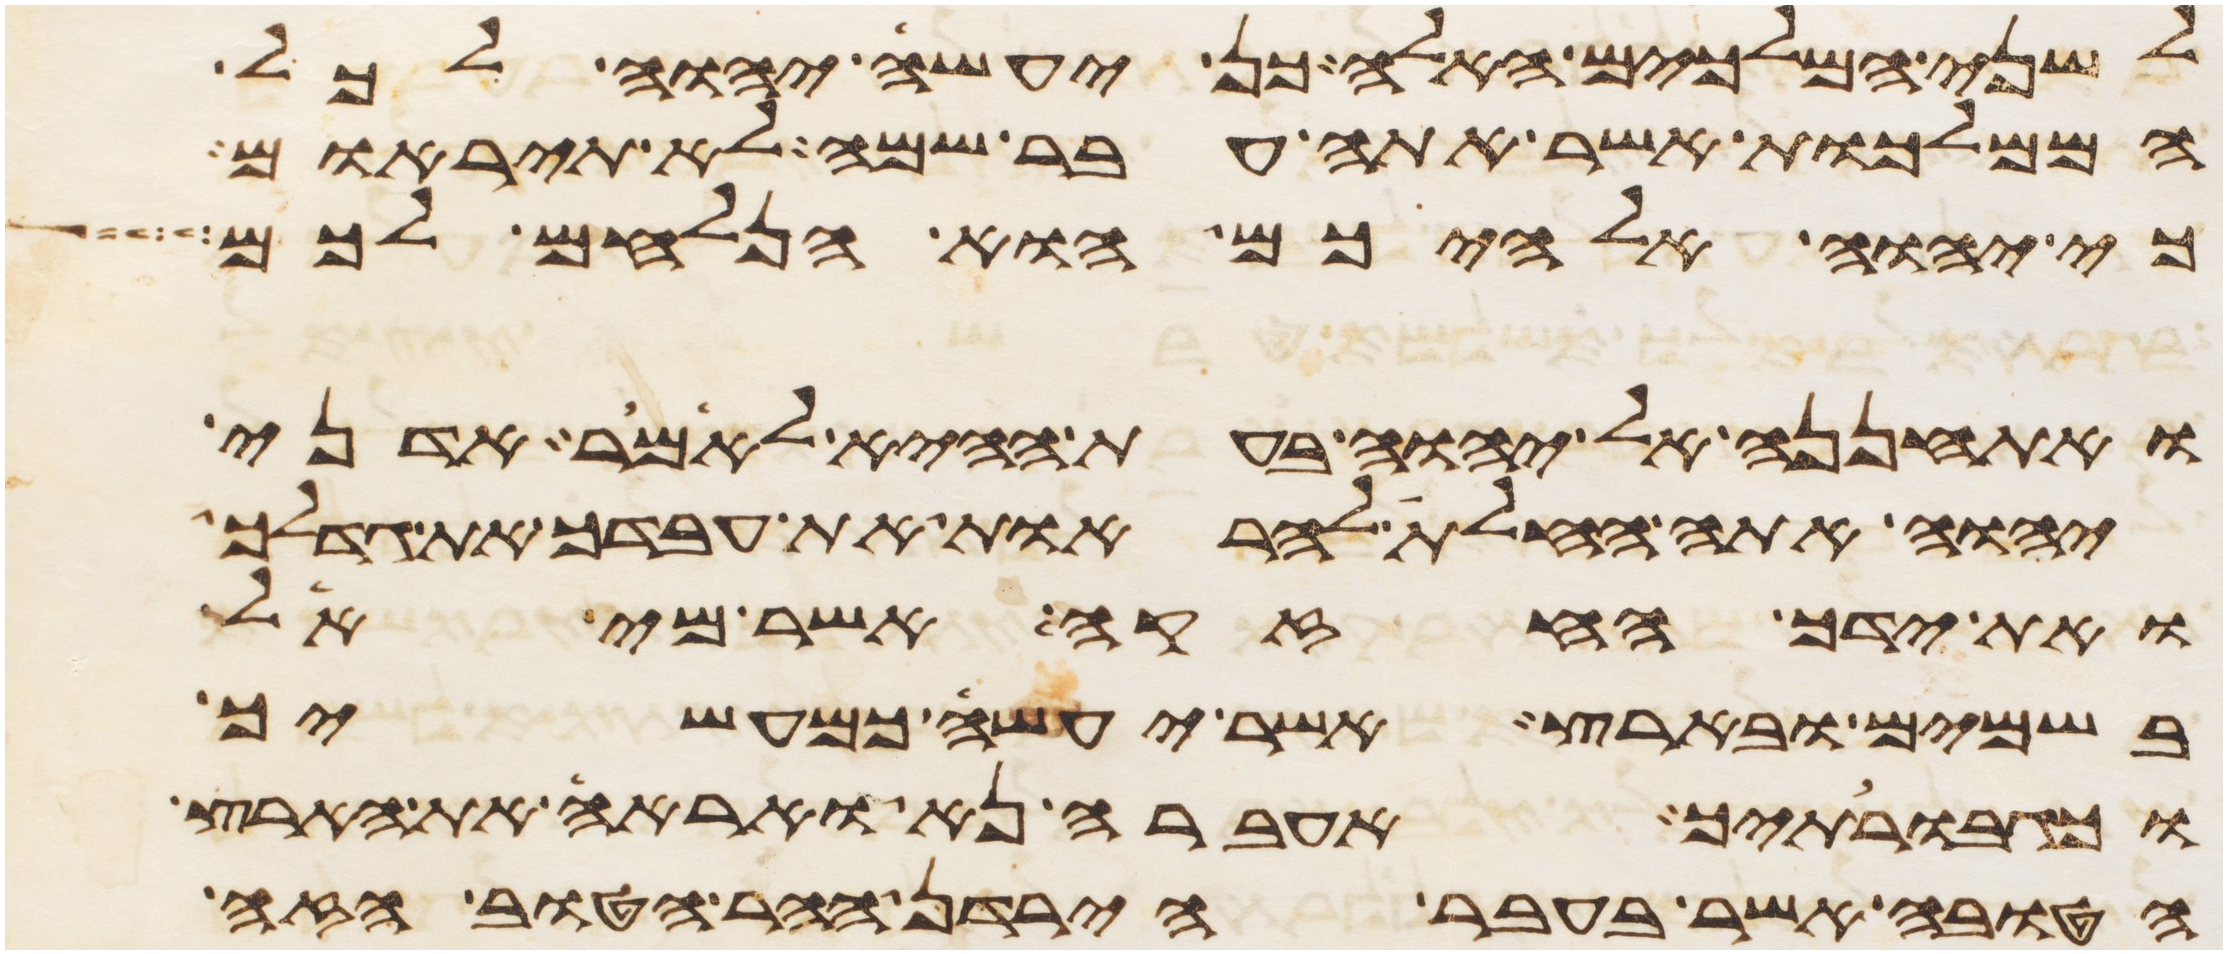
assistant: לשני המלכים האלה כן יעשה יהוה לכל
הממלכות אשר אתה עבר שמה לא תיראם
כי יהוה אלהיכם הוא הנלחם לכם
ואתחננה אל יהוה בעת ההיא לאמר אדני
יהוה אתה החלת להראות את עבדך את גדלך
ואת ידך החזקה אשר מי אל
בשמים ובארץ אשר יעשה כמעשיך
וכגבורתיך אעברה נא ואראה את הארץ
הטובה אשר בעבר הירדן ההר הטוב הזה